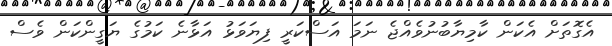
އެގޮތަށް އެކަން ކާމިޔާބުނުވެއްޖެ ނަމަ އަސްކަރީ ފިޔަވަޅު އަޅާނެ ކަމުގެ ޔަގީންކަން ވެސް